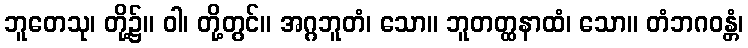
ဘူတေသု၊ တို့၌။ ဝါ၊ တို့တွင်။ အဂ္ဂဘူတံ၊ သော။ ဘူတတ္ထနာထံ၊ သော။ တံဘဂဝန္တံ၊